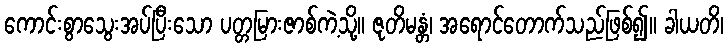
ကောင်းစွာသွေးအပ်ပြီးသော ပတ္တမြားဇာစ်ကဲ့သို့။ ဇုတိမန္တံ၊ အရောင်တောက်သည်ဖြစ်၍။ ခါယတိ၊